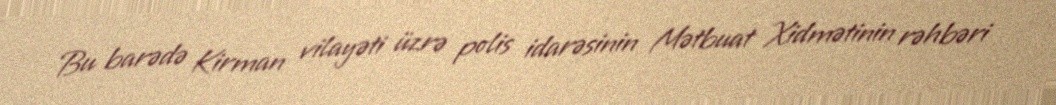
Bu barədə Kirman vilayəti üzrə polis idarəsinin Mətbuat Xidmətinin rəhbəri